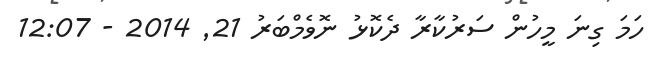
ހަމަ ގިނަ މީހުން ސަރުކާރާ ދެކޮޅު ނޮވެމްބަރު 21